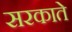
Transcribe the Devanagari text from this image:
सरकाते